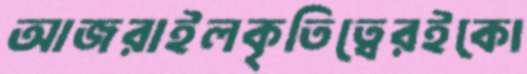
আজরাইলকৃতিত্বেরইকো